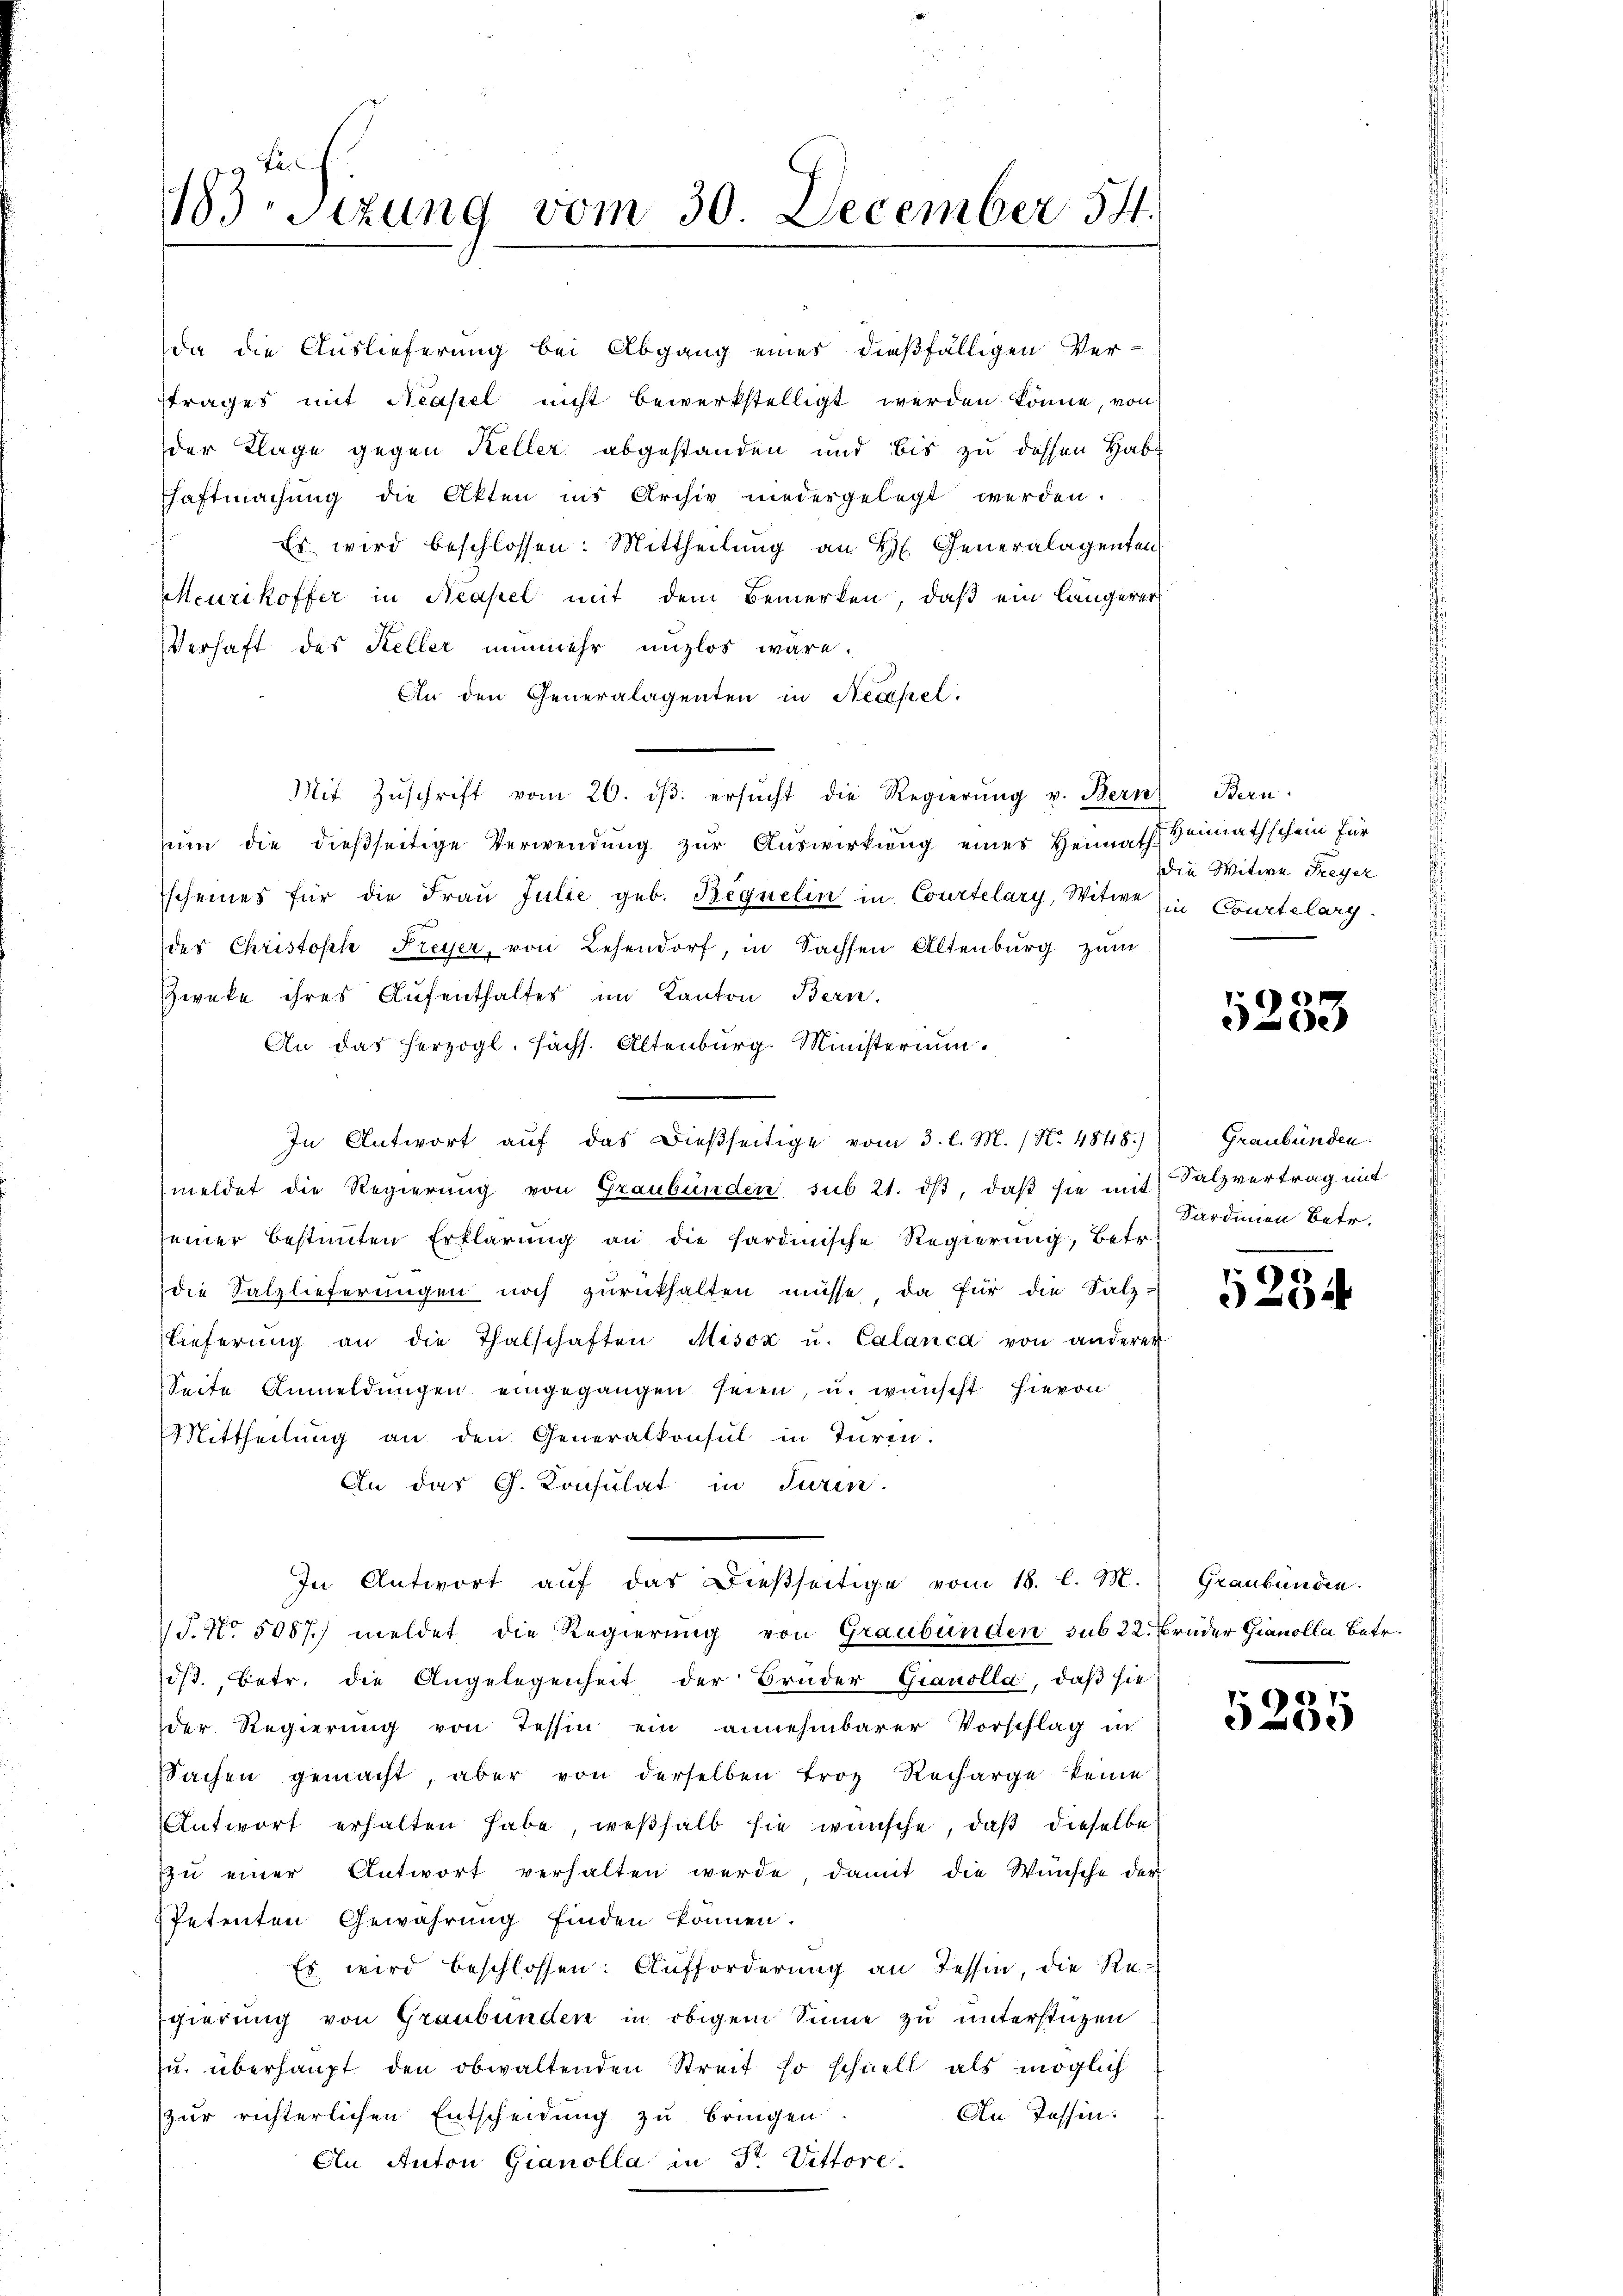
183sizung vom 30. December 54.

da die Auslieferung bei Abgang eines dießfälligen Ver-
ftrages mit Neapel nicht bewerkstelligt werden könne, von
der Klage gegen Keller abgestanden und bis zu dessen Hab-
schaftmachung die Akten ins Archiv niedergelegt werden.
Es wird beschlossen: Mittheilŭng an H. Generalagenten
Meurikoffer in Neapel mit dem Bemerken, daß ein längerer
Verhaft des Keller nunmehr unzlos wäre.
An den Generalagenten in Neapel.
Mit Zŭschrift vom 20. dβ. ersŭcht die Regierŭng v. Bern Bern
ŭm die dießseitige Verwendŭng zŭr Aŭswirkung eines Heimath Heimathschein für
scheines für die Frau Julie, geb. Begnelin in Courtelary, Witwe in Courtelarg.
des Christoph Freyer, von Lehendorf, in Sachsen Altenburg zum
Zweke ihres Aufenthaltes im Kanton Bern.
An das herzogl. Sächs. Altenburg. Ministerium.
In Antwort aŭf das dießseitige vom 3. l. M. / No 4848.) Graubünden
meldet die Regierung von Graubünden sub 21. dβ, daß sie mit
seiner bestimten Erklärung an die sardinische Regierung, betr.
die Salzlieferungen noch zurückhalten müsse, da für die Salz-
lieferŭng an die Thalschaften Misox u. Calanca von anderer
Seite Anmeldungen eingegangen seien, u. wünscht hievon
Mittheilŭng an den Generalkonsul in Türen.
An das Ch. Konsulat in Turin.
In Antwort auf das dießseitige vom 18. l. M.
T. No 5087. meldet die Regierung von Graubünden sub 22. Brüder Gianolla, Betr.
1/3. Betr. die Angelegenheit der Bruder Gianolla, daß sie
der Regierŭng von Tessin ein annehmbarer Vorschlag in
Sachen gemacht aber von derselben troz Recharge keine
Antwort erhalten habe, weßhalb sie wünsche, daß dieselbe
zŭ einer Antwort verhalten werde, damit die Wünsche der
Petenten Gewährung finden können.
Es wird beschlossen: Aufforderung an Tessin, die Re¬
Egierung von Graubünden in obigem Sinne zu unterstüzen
zu überhaupt den obwaltenden Streit so schnell als möglich
An Tessin:
zur richterlichen Entscheidung zu bringen.
An Anton Gianolla in Fr. Vittore.

die Witwe Freyer

e
5200

Salzvertrag mit
Sardinien Betr.

5234

Graubünden.

5235